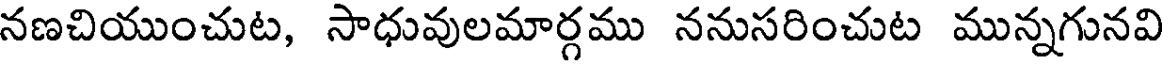
నణచియుంచుట, సాధువులమార్గము ననుసరించుట మున్నగునవి